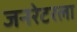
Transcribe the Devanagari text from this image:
जनरेटरला